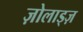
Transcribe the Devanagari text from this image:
ज़ोलाड्ज़